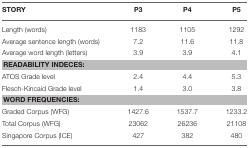
<table><thead><tr><td><b>STORY</b></td><td><b>P3</b></td><td><b>P4</b></td><td><b>P5</b></td></tr></thead><tbody><tr><td>Length (words)</td><td>1183</td><td>1105</td><td>1292</td></tr><tr><td>Average sentence length (words)</td><td>7.2</td><td>11.6</td><td>11.8</td></tr><tr><td>Average word length (letters)</td><td>3.9</td><td>3.9</td><td>4.1</td></tr><tr><td colspan="4"><b>READABILITY INDECES:</b></td></tr><tr><td>ATOS Grade level</td><td>2.4</td><td>4.4</td><td>5.3</td></tr><tr><td>Flesch-Kincaid Grade level</td><td>1.4</td><td>3.0</td><td>3.8</td></tr><tr><td colspan="4"><b>WORD FREQUENCIES:</b></td></tr><tr><td>Graded Corpus (WFG)</td><td>1427.6</td><td>1537.7</td><td>1233.2</td></tr><tr><td>Total Corpus (WFG)</td><td>23062</td><td>26236</td><td>21108</td></tr><tr><td>Singapore Corpus (ICE)</td><td>427</td><td>382</td><td>480</td></tr></tbody></table>